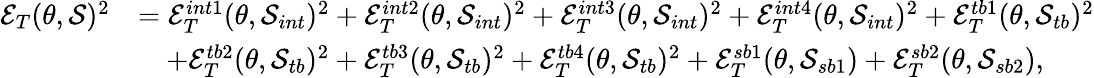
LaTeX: \begin{array}{rl}{\mathcal{E}_{T}(\theta,\mathcal{S})^{2}}&{=\mathcal{E}_{T}^{int1}(\theta,\mathcal{S}_{int})^{2}+\mathcal{E}_{T}^{int2}(\theta,\mathcal{S}_{int})^{2}+\mathcal{E}_{T}^{int3}(\theta,\mathcal{S}_{int})^{2}+\mathcal{E}_{T}^{int4}(\theta,\mathcal{S}_{int})^{2}+\mathcal{E}_{T}^{tb1}(\theta,\mathcal{S}_{tb})^{2}}\\ &{\quad+\mathcal{E}_{T}^{tb2}(\theta,\mathcal{S}_{tb})^{2}+\mathcal{E}_{T}^{tb3}(\theta,\mathcal{S}_{tb})^{2}+\mathcal{E}_{T}^{tb4}(\theta,\mathcal{S}_{tb})^{2}+\mathcal{E}_{T}^{sb1}(\theta,\mathcal{S}_{sb1})+\mathcal{E}_{T}^{sb2}(\theta,\mathcal{S}_{sb2}),}\end{array}